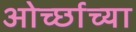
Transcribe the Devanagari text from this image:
ओर्च्छाच्या